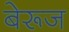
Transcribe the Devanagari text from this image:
बेरूज